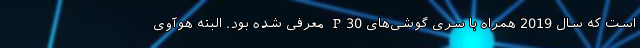
است که سال 2019 همراه با سری گوشی‌های P30 معرفی شده بود. البته هوآوی